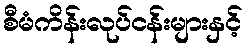
စီမံကိန်းလုပ်ငန်းများနှင့်